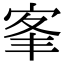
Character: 𡨛